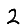
Digit: 2